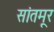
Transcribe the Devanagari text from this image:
सांतमूर